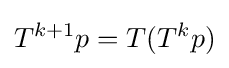
T^{k+1}p=T(T^{k}p)